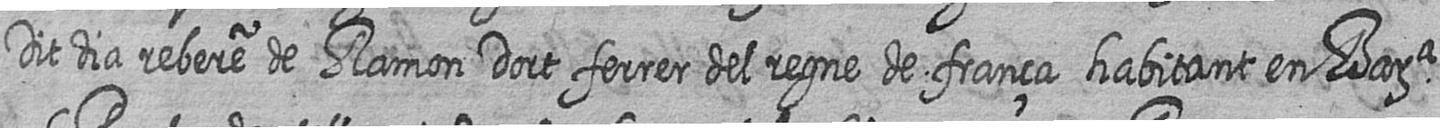
Dit dia rebere de Ramon Dort ferrer del regne de frança habitant en Bara